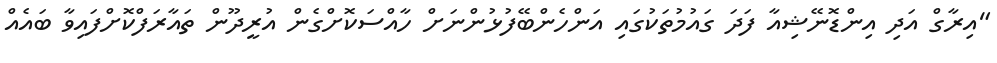
"އިރާގް އަދި އިންޑޮނޭޝިއާ ފަދަ ގައުމުތަކުގައި އަންހެންބޭފުޅުންނަށް ހާއްސަކޮށްގެން އުރީދޫން ތައާރަފްކޮށްފައިވާ ބައެއް